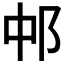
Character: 𬩵